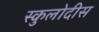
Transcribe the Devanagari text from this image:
स्कुलोदीस